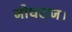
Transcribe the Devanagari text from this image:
जोधराज।